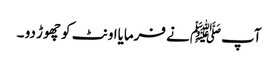
آپﷺ نے فرمایااونٹ کو چھوڑ دو ۔